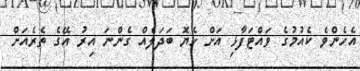
އެހެންވެ ކެއުމުގެ ވައްޓަފާޅި އަށް ހެޔޮ ބަދަލެއް ގެންނަ އިރު އޭގެ ތެރެއަށް